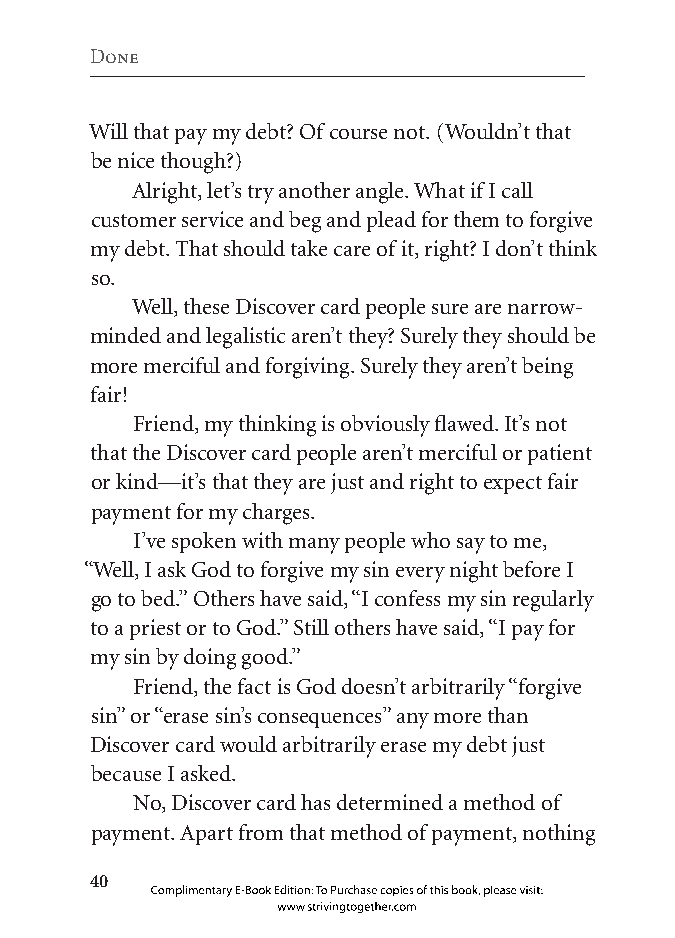
Done
 Will that pay my debt? Of course not. (Wouldn’t that
 be nice though?)
 Alright, let’s try another angle. What if I call
 customer service and beg and plead for them to forgive
 my debt. That should take care of it, right? I don’t think
 so.
 Well, these Discover card people sure are narrow-
 minded and legalistic aren’t they? Surely they should be
 more merciful and forgiving. Surely they aren’t being
 fair!
 Friend, my thinking is obviously flawed. It’s not
 that the Discover card people aren’t merciful or patient
 or kind—it’s that they are just and right to expect fair
 payment for my charges.
 I’ve spoken with many people who say to me,
 “Well, I ask God to forgive my sin every night before I
 go to bed.” Others have said, “I confess my sin regularly
 to a priest or to God.” Still others have said, “I pay for
 my sin by doing good.”
 Friend, the fact is God doesn’t arbitrarily “forgive
 sin” or “erase sin’s consequences” any more than
 Discover card would arbitrarily erase my debt just
 because I asked.
 No, Discover card has determined a method of
 payment. Apart from that method of payment, nothing
 0
 Complimentary E-Book Edition: To Purchase copies of this book, please visit:
 www.strivingtogether.com